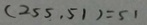
( 2 5 5 , 5 1 ) = 5 1